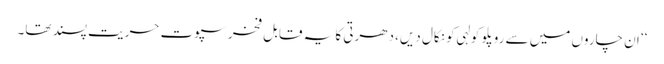
‘‘ ان چاروں میں سے روپلو کولہی کو نکال دیں، دھرتی کا یہ قابل فخر سپوت حریت پسند تھا۔